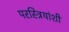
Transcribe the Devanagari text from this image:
परस्त्रियांशी